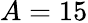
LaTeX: A=15